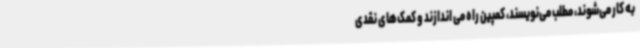
به کار می‌شوند، مطلب می‌نویسند، کمپین راه می اندازند و کمک‌های نقدی